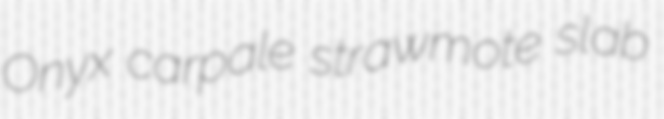
Onyx carpale strawmote slab